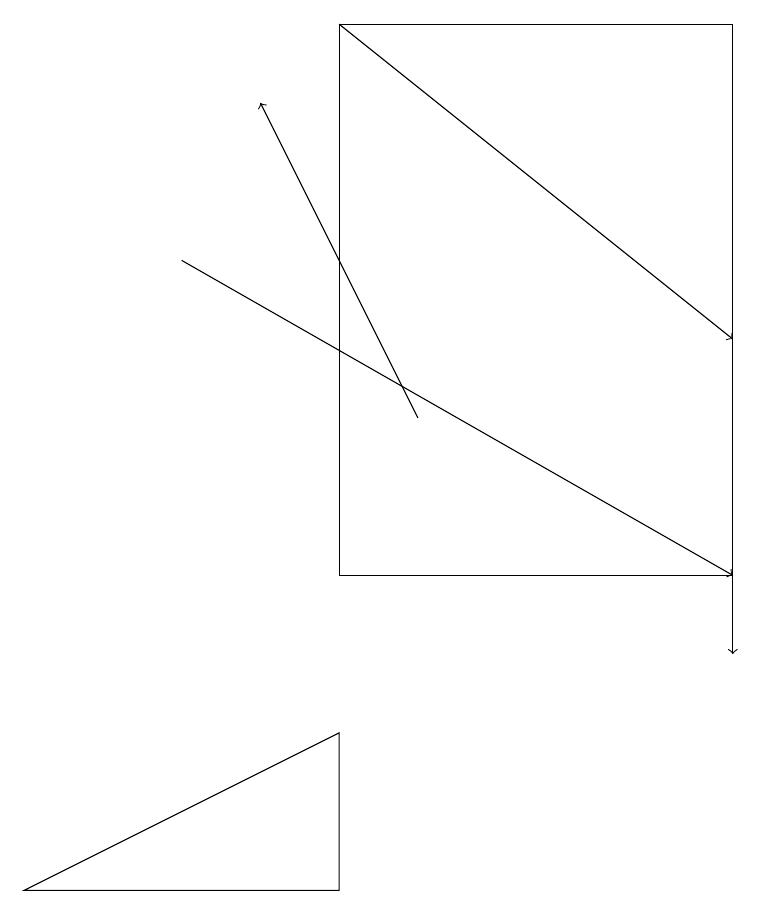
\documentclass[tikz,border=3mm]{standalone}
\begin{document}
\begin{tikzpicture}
\draw[->] (2,15) -- (9,11);
\draw[->] (5,13) -- (3,17);
\draw[->] (9,15) -- (9,10);
\draw[->] (4,18) -- (9,14);
\draw (4,18) rectangle (9,11);
\draw (0,7) -- (4,7) -- (4,9) -- cycle;
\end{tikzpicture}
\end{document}